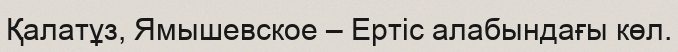
Қалатұз, Ямышевское – Ертіс алабындағы көл.